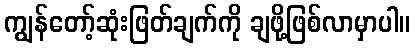
ကျွန်တော့်ဆုံးဖြတ်ချက်ကို ချဖို့ဖြစ်လာမှာပါ။